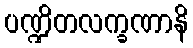
ပဏ္ဍိတလက္ခဏာနိ